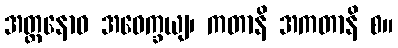
အတ္တနောဝ အဝေက္ခယျ၊ ကတာနိ အကတာနိ စ။